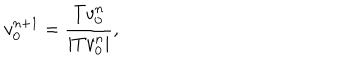
v _ { 0 } ^ { n + 1 } = \frac { T v _ { 0 } ^ { n } } { | T v _ { 0 } ^ { n } | } ,